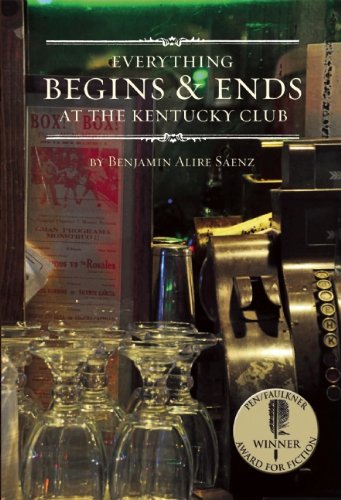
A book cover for Everything Begins and Ends at the Kentucky Club; Benjamin Alire SÃ¡enz; Literature & Fiction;